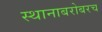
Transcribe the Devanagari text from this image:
स्थानाबरोबरच